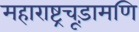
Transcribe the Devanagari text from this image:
महाराष्ट्रचूड़ामणि